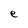
Character: e